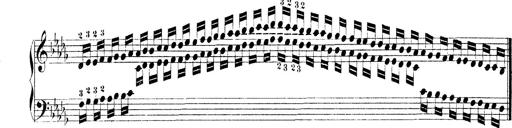
Title: Technische Studien
Composer: Franz Liszt